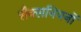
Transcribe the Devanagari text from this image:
सैक्सनियनों